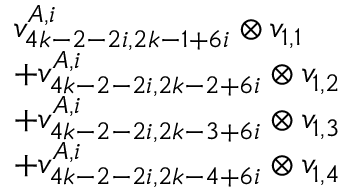
\begin{array} { r l } & { v _ { 4 k - 2 - 2 i , 2 k - 1 + 6 i } ^ { A , i } \otimes v _ { 1 , 1 } } \\ & { + v _ { 4 k - 2 - 2 i , 2 k - 2 + 6 i } ^ { A , i } \otimes v _ { 1 , 2 } } \\ & { + v _ { 4 k - 2 - 2 i , 2 k - 3 + 6 i } ^ { A , i } \otimes v _ { 1 , 3 } } \\ & { + v _ { 4 k - 2 - 2 i , 2 k - 4 + 6 i } ^ { A , i } \otimes v _ { 1 , 4 } } \end{array}